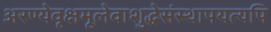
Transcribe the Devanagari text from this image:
अरण्येवृक्षमूलेवाशुद्धेसंस्थापयत्यपि